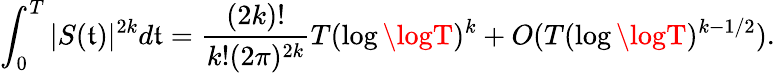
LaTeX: \int_{0}^{T}|S(\mathfrak{t})|^{2k}d\mathfrak{t}={\frac{{(2k)!}}{{k!(2\pi)^{2k}}}}T(\log\logT)^{k}+O(T(\log\logT)^{k-1/2}).